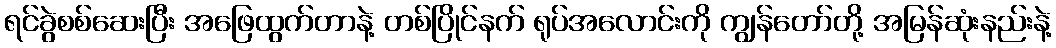
ရင်ခွဲစစ်ဆေးပြီး အဖြေထွက်တာနဲ့ တစ်ပြိုင်နက် ရုပ်အလောင်းကို ကျွန်တော်တို့ အမြန်ဆုံးနည်းနဲ့